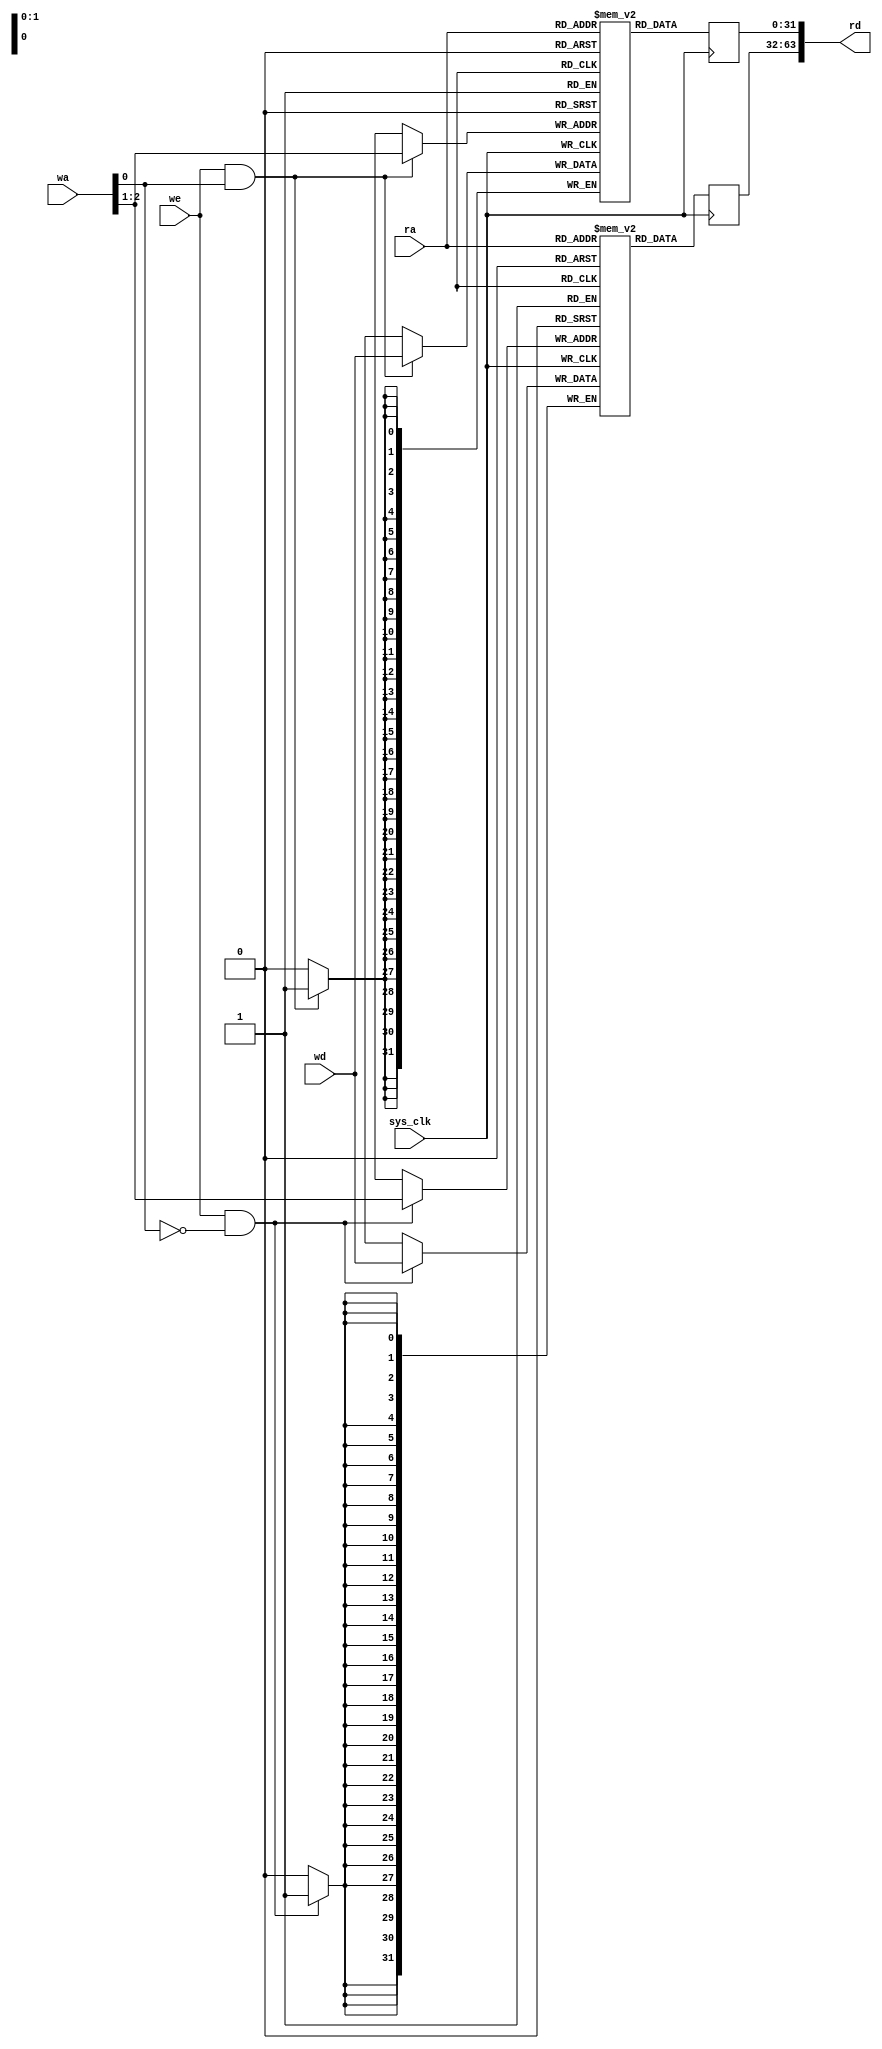
/*
 * Milkymist SoC
 * Copyright (C) 2007, 2008, 2009, 2010 Sebastien Bourdeauducq
 *
 * This program is free software: you can redistribute it and/or modify
 * it under the terms of the GNU General Public License as published by
 * the Free Software Foundation, version 3 of the License.
 *
 * This program is distributed in the hope that it will be useful,
 * but WITHOUT ANY WARRANTY; without even the implied warranty of
 * MERCHANTABILITY or FITNESS FOR A PARTICULAR PURPOSE.  See the
 * GNU General Public License for more details.
 *
 * You should have received a copy of the GNU General Public License
 * along with this program.  If not, see <http://www.gnu.org/licenses/>.
 */

module bt656cap_burstmem(
	input sys_clk,

	input we,
	input [2:0] wa,
	input [31:0] wd,

	input [1:0] ra,
	output [63:0] rd
);

reg [31:0] mem1[0:3];
reg [31:0] mem1_do;
always @(posedge sys_clk) begin
	if(we & ~wa[0])
		mem1[wa[2:1]] <= wd;
	mem1_do <= mem1[ra];
end

reg [31:0] mem2[0:3];
reg [31:0] mem2_do;
always @(posedge sys_clk) begin
	if(we & wa[0])
		mem2[wa[2:1]] <= wd;
	mem2_do <= mem2[ra];
end

assign rd = {mem1_do, mem2_do};

endmodule